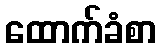
ထောက်ခံစာ